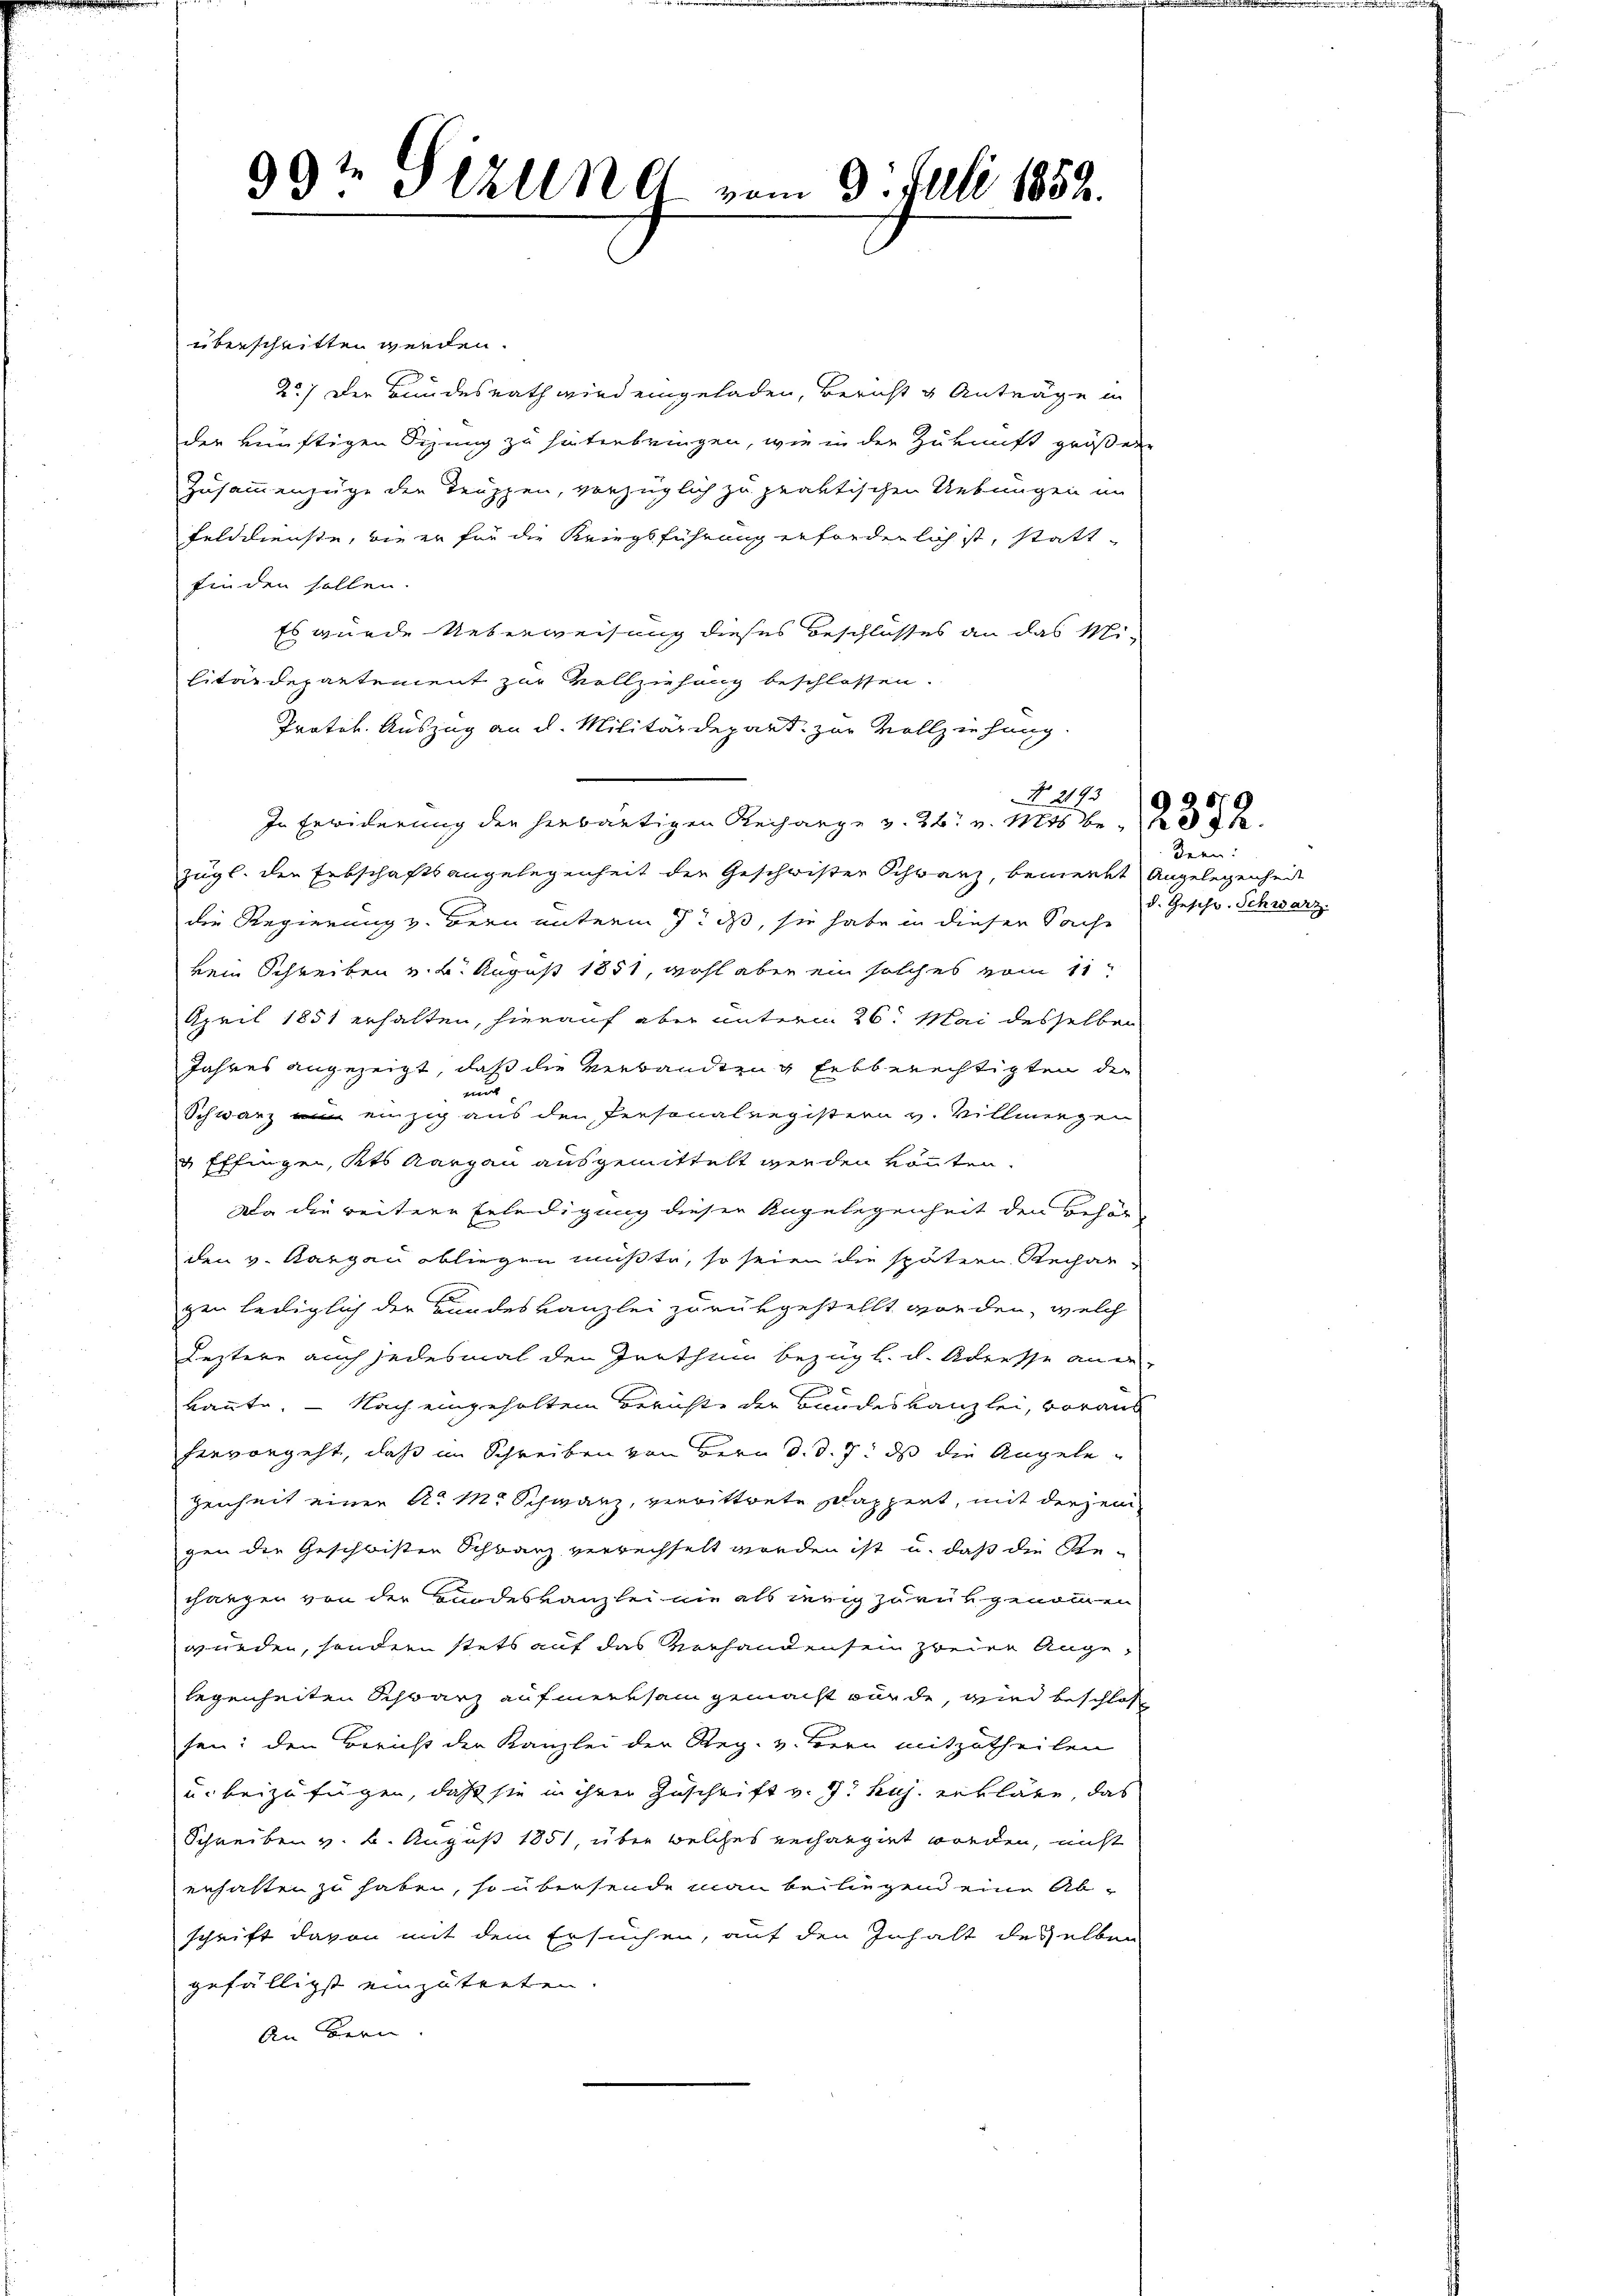
.
33te Stelle vom 3. Juli 1852.

überschritten werden.
2.) Der Bundesrath wird eingeladen, Bericht u Anträge in
der künftigen Sizung zu hinterbringen, wie in der Zukunft größere
Zusammenzüge der Truppen, vorzüglich zu praktischen Uebungen im
Felddienste, wie er für die Kriegsführung erforderlich ist, stattfinden sollen.
Es wurde Ueberweisung dieses Beschlosses an das Militärdepartement zur Vollziehung beschlossen.
Protok. Auszug an d. Militärdepart zur Vollziehung.
In Erwiderung der herwärtigen Recharge v. 26. v. Mts. be 285
zügl. den Erbschaftsangelegenheit der Geschwister Schwanz, bemerkt Angelegenheit
die Regierung v. Bern unterm 7t dß, sie habe in dieser Sache
kein Schreiben v. 6. August 1851, wohl aber ein solches vom 11t
April 1851 erhalten, hierauf aber unterm 26. Mai desselben
Jahres angezeigt, daß die Verbandten Erbberechtigten der
mut
Schwarz einzig aus den Personalregistern v. Villmengen
 Effingen, Kts. Aargau ausgemittelt werden könnten.
Da die weitere Erledigung dieser Angelegenheit den Behörden v. Aargau obliegen müßte, so seien die spätern Rechar
gen lediglich der Bundeskanzlei zurükgestellt worden, welch
Leztere auch jedesmal den Zerthum bezügl. d. Adresse ange
.
kannte. — Nach eingeholten Berichte der Bandeskanzlei, voraus
hervorgeht, daß im Schreiben von Bern d. d. 7. ds die Angelegenheit einen A. M. Schwanz, verwittwete Schappert, mit derjeni
gen die Geschwisten Schranz verrechselt worden ist u. daß die Re-
changen von der Bundeskanzlei die als wenig zurükgenommen
wurden, sondern stets auf das Verhandensein zweier Angelegenheiten Schwarz aufmerksam gemacht würde, wird beschlos
sen: den Bericht der Kanzlei der Reg. v. Bern mitzutheilen
u. beizufügen, daß sie in ihrer Zuschrift v. 7. huj. erkläre, das
Schreiben v. 6. August 1851, über welches rechangirt worden, nicht
erhalten zu haben, so übersende man beiliegend eine Ab-
schrift davon mit dem Ersuchen, auf den Inhalt desselben
gefälligst einzutreten.
An Bern.

No. 2193

Zeen:
d. Geschr. Schwarz.